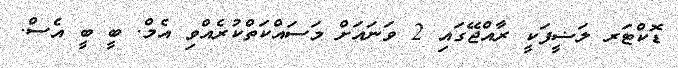
ޑޮކްޓަރ ލަޟީފަކީ ރާއްޖޭގައި 2 ވަނައަށް މަސައްކަތްކުރެއްވި އެމް. ބީ ބީ އެސް.